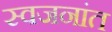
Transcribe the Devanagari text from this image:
स्वजनांत